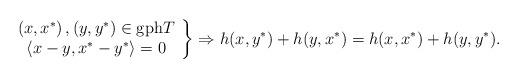
LaTeX: \begin{align*}\left. \begin{array}{c}\left( x,x^{\ast }\right) ,\left( y,y^{\ast }\right) \in \mathrm{gph}T \\ \left\langle x-y,x^{\ast }-y^{\ast }\right\rangle =0\end{array}\right\} \Rightarrow h(x,y^{\ast })+h(y,x^{\ast })=h(x,x^{\ast})+h(y,y^{\ast }). \end{align*}